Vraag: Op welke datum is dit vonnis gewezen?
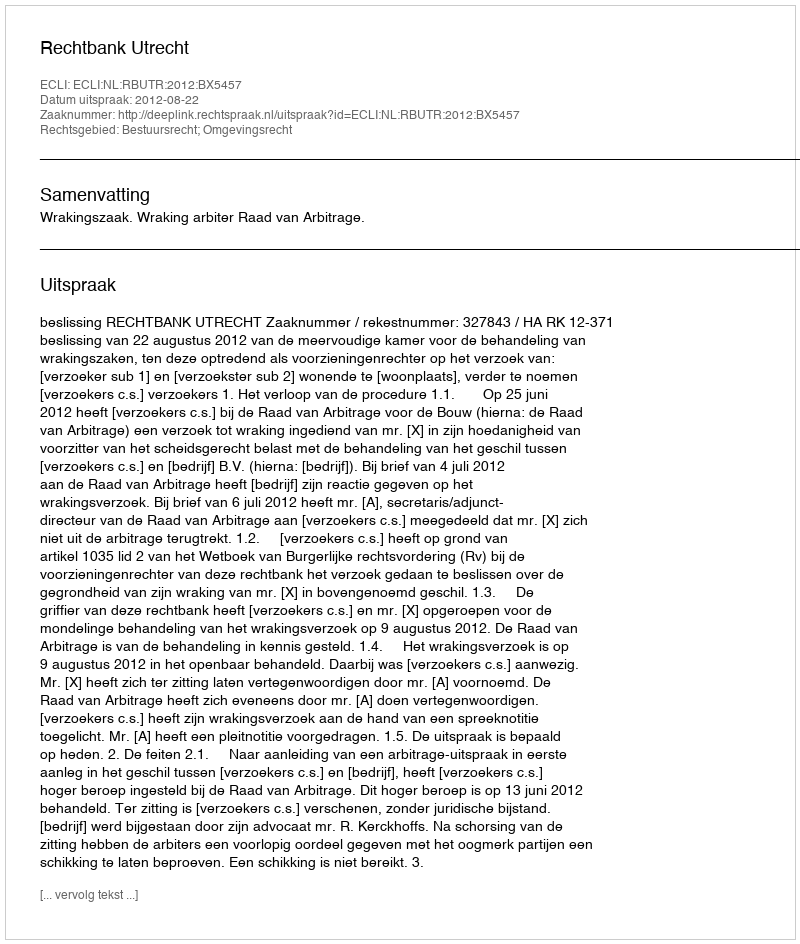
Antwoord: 2012-08-22